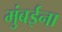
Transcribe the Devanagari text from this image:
मुंबईना